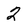
Character: 2